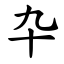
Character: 卆